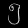
Digit: ၅